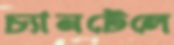
চ্যানটেলে